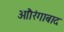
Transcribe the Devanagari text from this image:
आौरंगाबाद